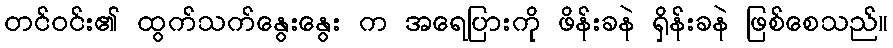
တင်ဝင်း၏ ထွက်သက်နွေးနွေး က အရေပြားကို ဖိန်းခနဲ ရှိန်းခနဲ ဖြစ်စေသည်။